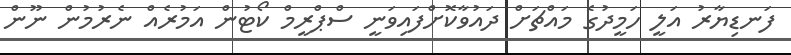
ފަނޑިޔާރު އަލީ ހަމީދުގެ މައްޗަށް ދައުވާކޮށްފައިވަނީ ސްޕްރީމް ކޯޓުން އަމުރެއް ނެރުމުން ނޫން